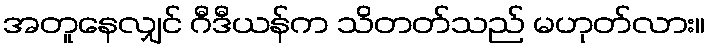
အတူနေလျှင် ဂီဒီယန်က သိတတ်သည် မဟုတ်လား။